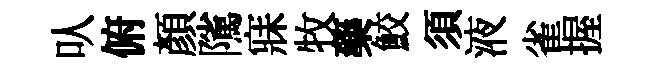
㕥俯顔隲寐牧藥鮫須液雀握